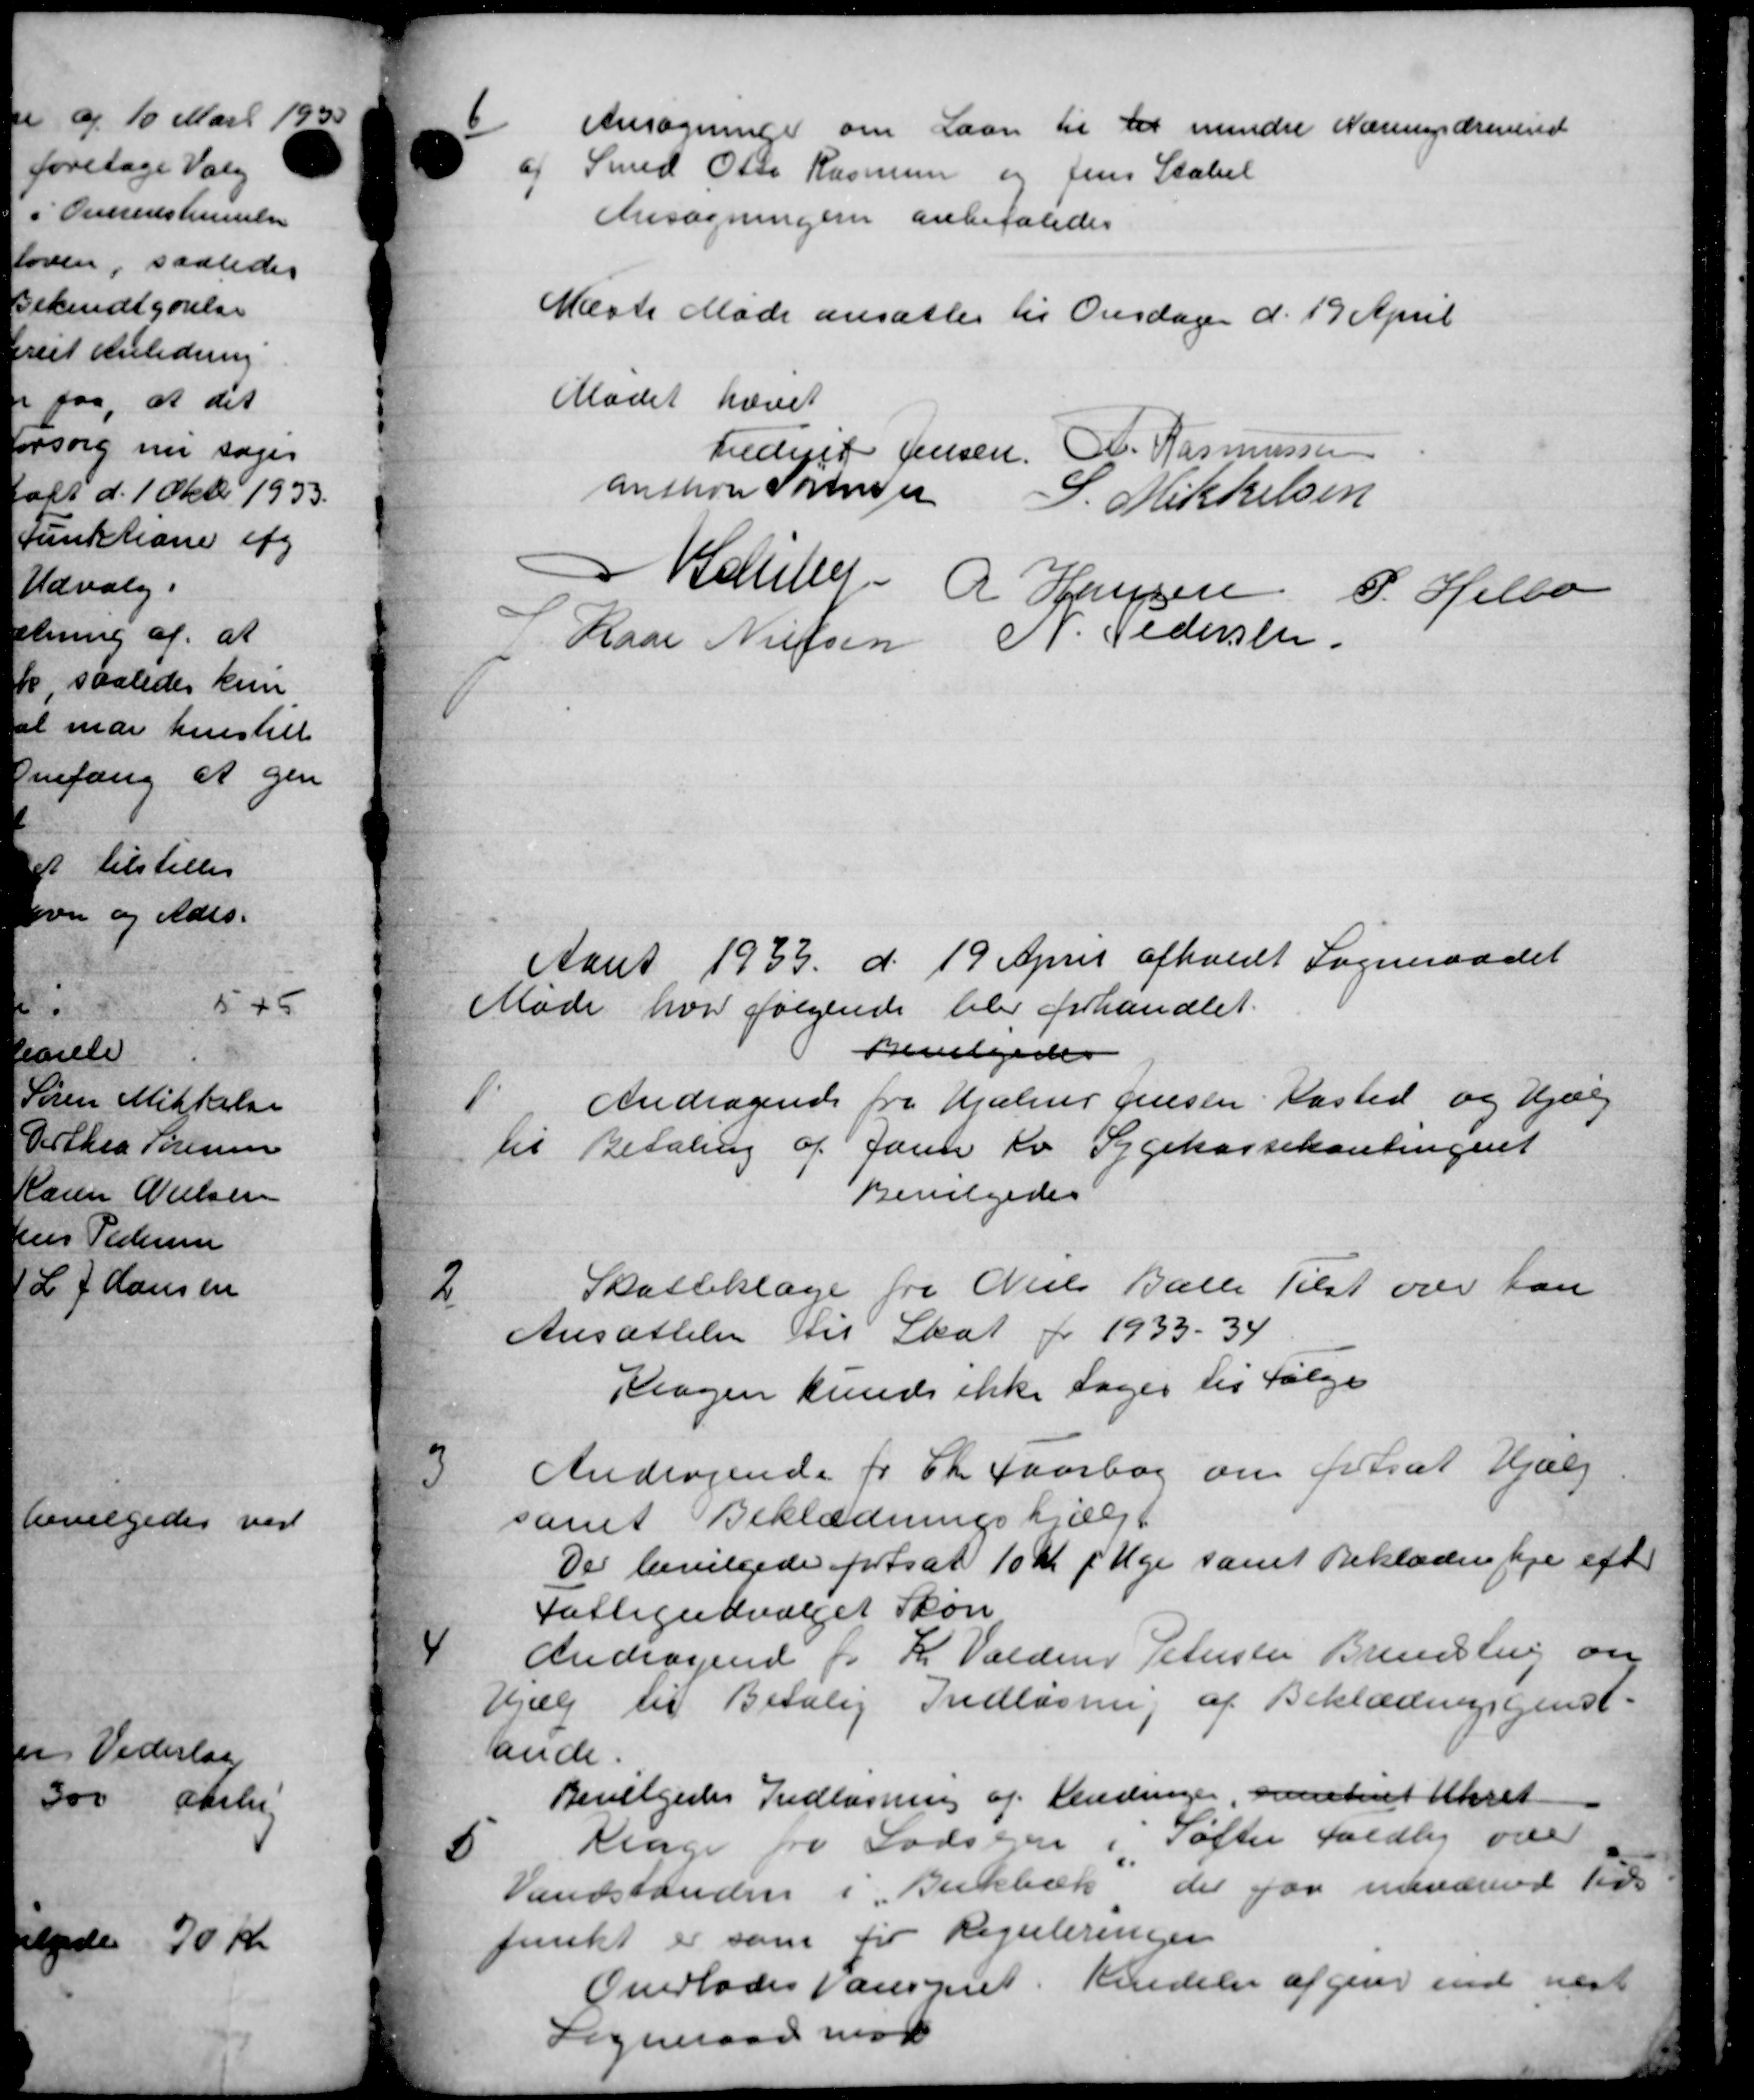
Transskription:
Ansøgninger om Laan til det mindre Nærindrenered
Smed Otto Rasmussen og Jens Statsl
Ansøgningen anbefaledes
Næsts Møde ansattes til Onsdagen d. 19 April
Mødet hævet
Lediget Jensen. A. Rasmussen
anthon Fortner
S. Mikkelsen
Helleru
R Hansen
P. Helbo
Kaar Nielsen N. Pedersen
Aaret 1933 d. 19 April afholdt Sogneraadet
Møde hvor følgende blev forhandlet.
Bevilgedes
Andragende fra Hjælpe gensen Kasted og Hjælp
til Betaling af Jan Kv Sygekassekontingent
Bevilgedes

Skatteklage fra Niels Balle Tilst over kan
Ansættelse til Skat for 1933 – 34
Kragen kunde ikke tages til Følge

Andragende for Chr. Faarbog om fortsat Hjælp
samt Beklædningshjælp
Der bevilgede fortsat 10 Kr pr Uge samt Beklæde tje efter
Fattigudvalget Skøn

Andragende for K. Valdm Petersen Brendstrup om
Hjælp til Betalig Indlæsning af Beklædningsgenst.
ande
Bevilgedes Indlægning af Vendringer, eventeret Udret

Klage fra Lodseen i Søfter Faldby over
Vandstanden i Birkebæk der faa nuværende Tids
funkt er som for Reguleringen
Overlades Varspet. Kendelse afgive end næst
Sogneraad mod